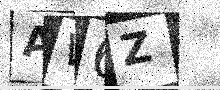
Text: AW6Z